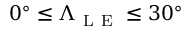
0 ^ { \circ } \le \Lambda _ { \mathrm { ~ L ~ E ~ } } \le 3 0 ^ { \circ }